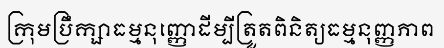
ក្រុមប្រឹក្សាធម្មនុញ្ញោដីម្បីត្រួតពិនិត្យធម្មនុញ្ញភាព